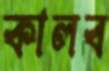
কালব